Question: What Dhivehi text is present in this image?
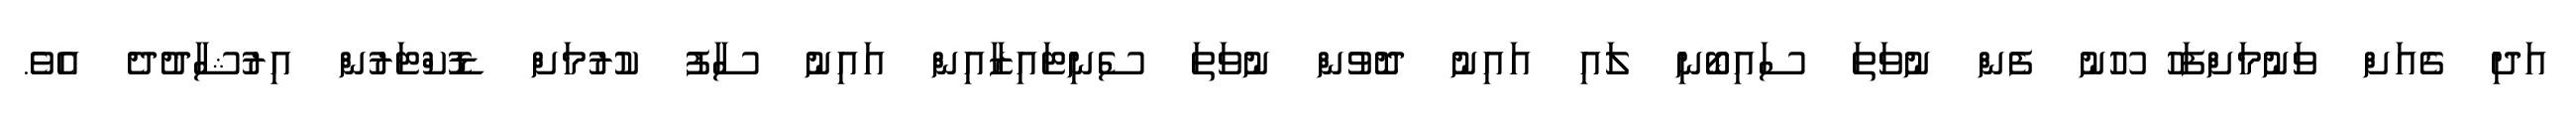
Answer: އަދި ގެއަށް ވަނުމަށްފަހު ހޫނު ފެން ނުވަތަ ސައިބޯނި ލައި އައިނު ދޮވުން ނުވަތަ ސެނިޓައިޒާއިން އައިނު ސާފު ކުރުމަށް ޑޮކްޓަރުން އިރުޝާދުދެ އެވެ.